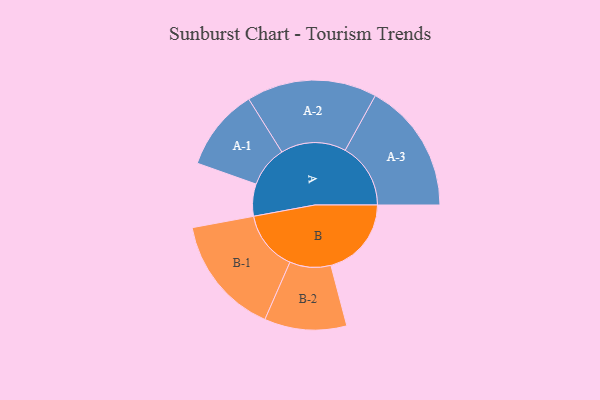
{"axis": {"x": "Segment", "y": "Value"}, "legend": ["", "A", "B"], "data": [{"x": "A", "y": 132, "type": ""}, {"x": "B", "y": 331, "type": ""}, {"x": "A-1", "y": 169, "type": "A"}, {"x": "A-2", "y": 268, "type": "A"}, {"x": "A-3", "y": 269, "type": "A"}, {"x": "B-1", "y": 246, "type": "B"}, {"x": "B-2", "y": 169, "type": "B"}]}